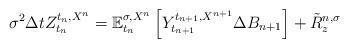
LaTeX: \begin{align*}\sigma^{2}\Delta tZ_{t_{n}}^{t_{n},X^{n}}=\mathbb{E}_{t_{n}}^{\sigma,X^{n}}\left[ Y_{t_{n+1}}^{t_{n+1},X^{n+1}}\Delta B_{n+1}\right] +\tilde{R}_{z}^{n,\sigma} \end{align*}